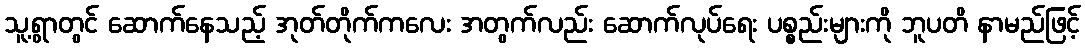
သူ့ရွာတွင် ဆောက်နေသည့် အုတ်တိုက်ကလေး အတွက်လည်း ဆောက်လုပ်ရေး ပစ္စည်းများကို ဘူပတိ နာမည်ဖြင့်